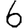
Digit: 6